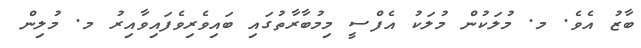
ބާޒު އެވެ. މ. މުލަކުން މުލަކު އެފްސީ މިމުބާރާތުގައި ބައިވެރިވެފައިވާއިރު މ. މުލިން